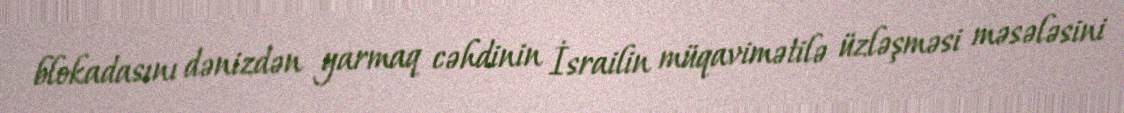
blokadasını dənizdən yarmaq cəhdinin İsrailin müqavimətilə üzləşməsi məsələsini